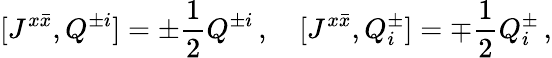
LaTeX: [J^{x\bar{x}},Q^{\pm i}]=\pm\frac{1}{2}Q^{\pm i}\, ,\quad[J^{x\bar{x}},Q_{i}^{\pm}]=\mp\frac{1}{2}Q_{i}^{\pm}\, ,